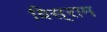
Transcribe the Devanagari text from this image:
विस्‌राम